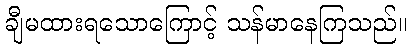
ချီမထားရသောကြောင့် သန်မာနေကြသည်။